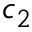
c _ { 2 }